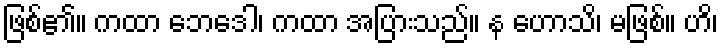
ဖြစ်၏။ ကထာ ဘေဒေါ၊ ကထာ အပြားသည်။ န ဟောသိ၊ မဖြစ်။ ဟိ၊